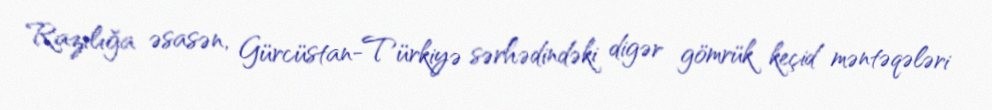
Razılığa əsasən, Gürcüstan-Türkiyə sərhədindəki digər gömrük keçid məntəqələri